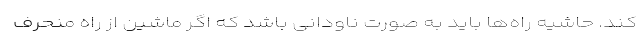
کند. حاشیه راه‌ها باید به صورت ناودانی باشد که اگر ماشین از راه منحرف